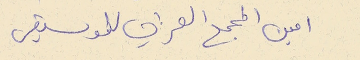
امين المجمع العربي للموسيقى